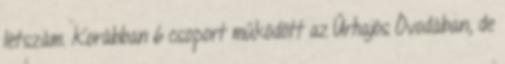
létszám. Korábban 6 csoport működött az Űrhajós Óvodában, de